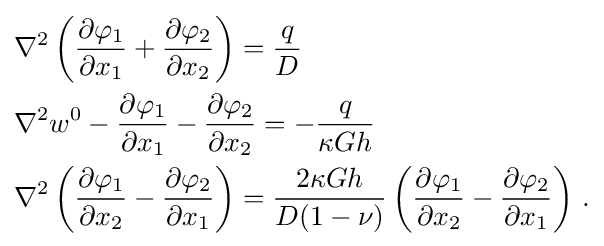
{\begin{aligned}&\nabla ^{2}\left({\frac {\partial \varphi _{1}}{\partial x_{1}}}+{\frac {\partial \varphi _{2}}{\partial x_{2}}}\right)={\frac {q}{D}}\\&\nabla ^{2}w^{0}-{\frac {\partial \varphi _{1}}{\partial x_{1}}}-{\frac {\partial \varphi _{2}}{\partial x_{2}}}=-{\frac {q}{\kappa Gh}}\\&\nabla ^{2}\left({\frac {\partial \varphi _{1}}{\partial x_{2}}}-{\frac {\partial \varphi _{2}}{\partial x_{1}}}\right)={\frac {2\kappa Gh}{D(1-\nu )}}\left({\frac {\partial \varphi _{1}}{\partial x_{2}}}-{\frac {\partial \varphi _{2}}{\partial x_{1}}}\right)\,.\end{aligned}}